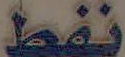
نفط